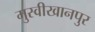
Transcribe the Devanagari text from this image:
मुस्वीखानपुर